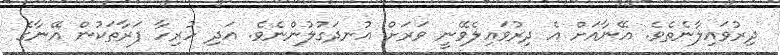
ދިރުވައިލާނެތެވެ. އޭނާއަށް އެ ދިރުވައިލެވޭނީ ވަރަށް އުނދަގުލުންނެވެ. އަދި ހުރިހާ ފަރާތަކުން އޭނާގެ